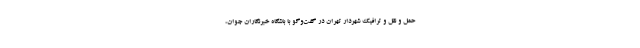
حمل و نقل و ترافیک شهردار تهران در گفت‌وگو با باشگاه خبرنگاران جوان،